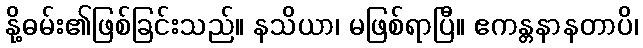
နို့ဓမ်း၏ဖြစ်ခြင်းသည်။ နသိယာ၊ မဖြစ်ရာပြီ။ ဧကန္တနာနတာပိ၊